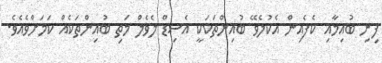
ފިނި ބުއިމާއި ކެފެއިން އެކުލެވޭ ބުއިންތަކަކީ އެސިޑް ލެވެލް މަތި ބުއިންތަކެއް ކަމަށްވެއެވެ.